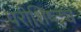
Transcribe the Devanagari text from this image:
परीशिष्ट्ये